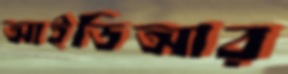
আইডিআর